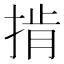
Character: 掯